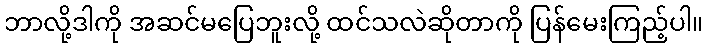
ဘာလို့ဒါကို အဆင်မပြေဘူးလို့ ထင်သလဲဆိုတာကို ပြန်မေးကြည့်ပါ။